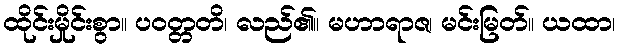
ထိုင်းမှိုင်းစွာ။ ပဝတ္တတိ၊ လည်၏။ မဟာရာဇ၊ မင်းမြတ်။ ယထာ၊